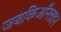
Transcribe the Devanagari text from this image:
जबकिऑनलाइन